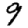
Digit: 9